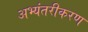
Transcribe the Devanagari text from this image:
अभ्यंतरीकरण